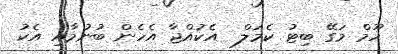
ހޫމް މަގޭ ބިޓު ކެމަލް  އެކުއްޖާ އެހެން ބުނުމާއި އެކު